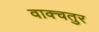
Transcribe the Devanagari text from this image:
वाक्चतुर